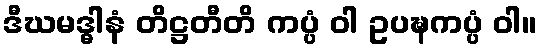
ဒီဃမဒ္ဓါနံ တိဋ္ဌတီတိ ကပ္ပံ ဝါ ဥပဍ္ဎကပ္ပံ ဝါ။